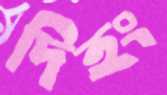
দিহং